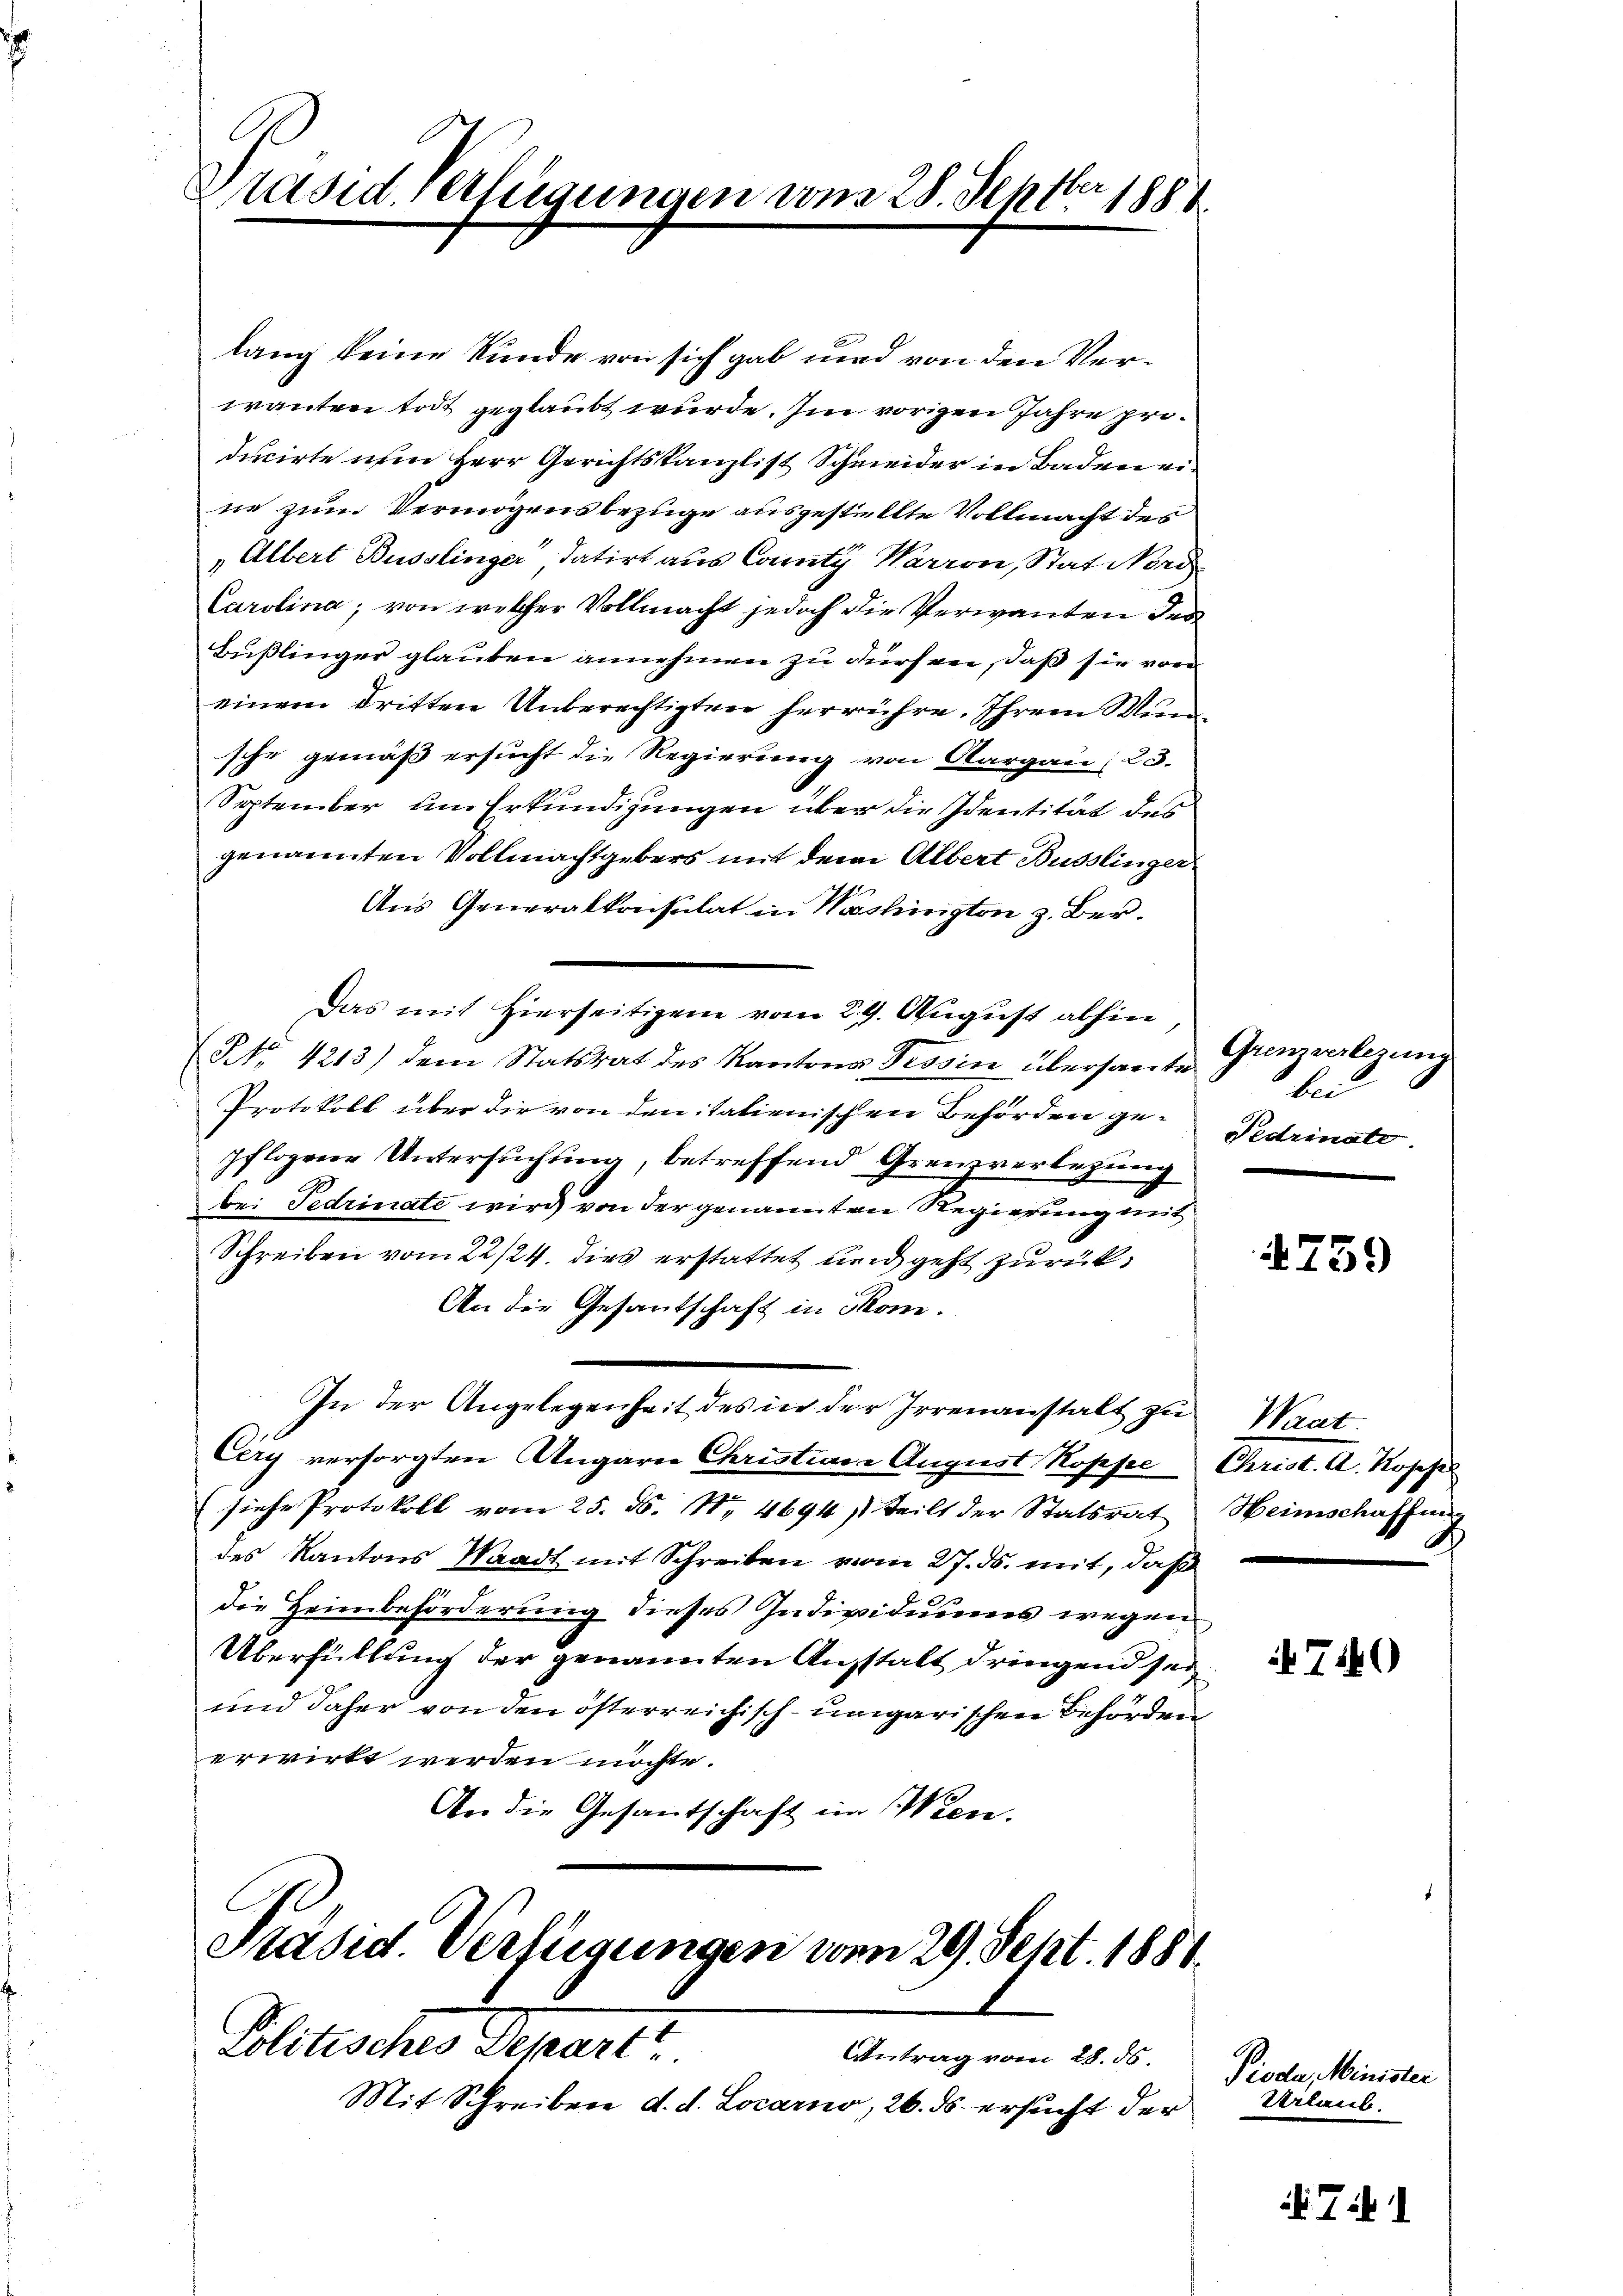
Präsid. Verfügungen vom 28. Septbr 188

lang keine Kunde von sich gab und von den Verwanten todt geglaubt wurde. Im vorigen Jahre producirte dem Herr Gerichtskanzlist Schmeider in Baden eine zum Vermögensbezüge ausgestellte Vollmacht des
„Albert Busslinger, datirt aus County Warron, Stat Nord
Carolina, von welcher Vollmacht jedoch die Verwanden des
Bußlinger glauben annehmen zu dürfen, daß sie von
einem dritten Unberechtigten herrühre. Ihrem Wunsche gemäß ersucht die Regierung von Aargau (23.
September um Erkundigungen über die Identität des
genannten Vollmachtgebers mit dem Albert Busslinger
Aus Generalkonsulat in Washington z. Ber¬
Das mit Hierseitigem vom 29. August abhin
NNo. 4213) dem Statsrat des Kantons Tessin übersante
Protokoll über die von denitatienischen Behörden ge-
pflogene Untersuchung, betreffend Grenzverlegung
bei Fedrinate wird von der genannten Regierung mit
Schreiben vom 22/24. dies erstattet und geht zurück¬
An die Gesantschaft in Som¬
In der Angelegenheit des in der Irrenanstalt zu Waat
Cery versorgten Angarn Christiane August Koppe Christ. A. Koppel
(siehe Protokoll vom 25. ds. No. 4694) teilt der Statsrat Heimschaffnis
des Kantons Waadt mit Schreiben vom 27. ds. mit, daß
die Heimbeförderung dieses Individuums wegen
Überfüllung der genannten Angstalt dringend sei
und daher von den österreichisch-ungarischen Behörden
erwirkt werden möchte.
An die Gesantschaft im Wien.

C
Präsid. Verfügungen vom 29. Sept. 1881.
Politisches Departi
Antrag vom 28. ds.

Mit Schreiben d. d. Locarno, 26. ds. ersucht der

Grenzverlegung
bei
Pedrinato.

759

740

Pioda, Minister
Urlaub.

741